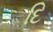
દિ